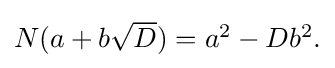
{\textstyle N(a+b{\sqrt {D}})=a^{2}-Db^{2}.}